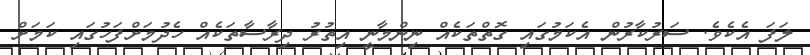
ލަފަ އެކެވެ. ސަރުކާރުން އެކަމުގައި ގޮތްތަކެއް ނިންމާނީ އިތުރު ދިރާސާތަކެއް ހެދުމަށްފަހުގައި ކަމަށް